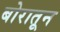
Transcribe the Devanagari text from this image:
बोरातून